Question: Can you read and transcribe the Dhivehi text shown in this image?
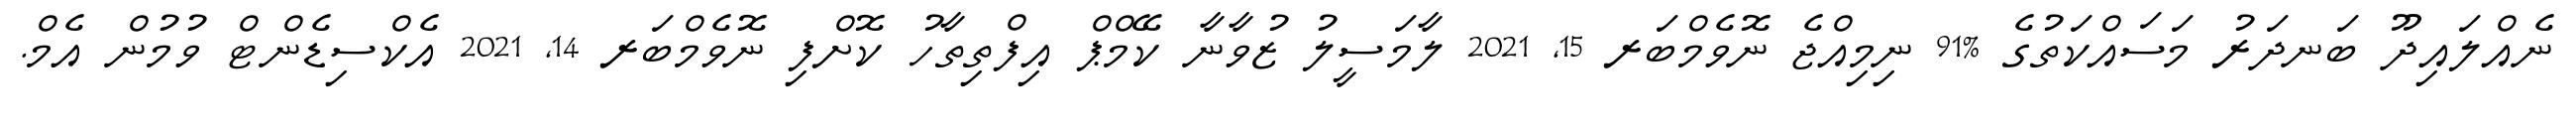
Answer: ނެއްލައިދޫ ބަނދަރު މަސައްކަތުގެ %91 ނިމިއްޖެ ނޮވެމްބަރ 15, 2021 ލާމަސީލު ޒުވާނާ ކޭމްޕް އިފްތިތާހު ކޮށްފި ނޮވެމްބަރ 14, 2021 އެކްސިޑެންޓް ވުމުން އެމް.